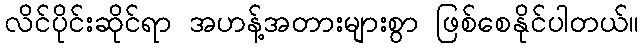
လိင်ပိုင်းဆိုင်ရာ အဟန့်အတားများစွာ ဖြစ်စေနိုင်ပါတယ်။